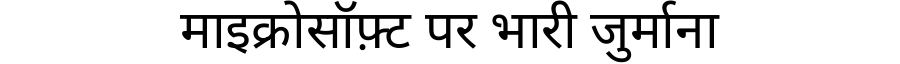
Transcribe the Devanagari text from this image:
माइक्रोसॉफ़्ट पर भारी जुर्माना